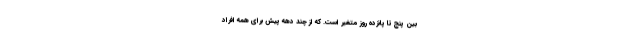
بین پنج تا پانزده روز متغیر است. که از چند دهه پیش برای همه افراد